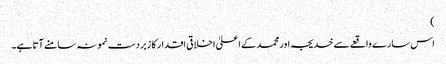
)
اس سارے واقعے سے خدیجہ اور محمد کے اعلیٰ اخلاقی اقدار کا زبردست نمونہ سامنے آتا ہے۔